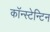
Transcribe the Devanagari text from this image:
कॉन्स्टेन्टिन